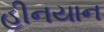
હીનયાન